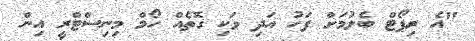
"އެ ރިޕޯޓް ބެލުމަށް ފަހު އަދި ވަކި ގޮތެއް ހޯމް މިނިސްޓްރީ އިން